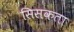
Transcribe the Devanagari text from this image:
सिसकता